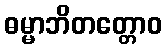
ဓမ္မာဘိတတ္တောဝ